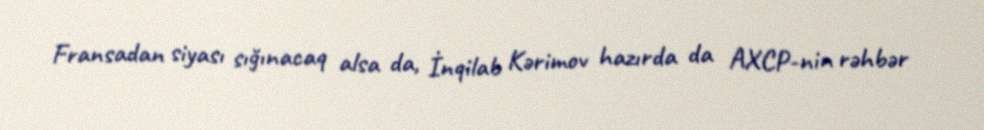
Fransadan siyası sığınacaq alsa da, İnqilab Kərimov hazırda da AXCP-nin rəhbər